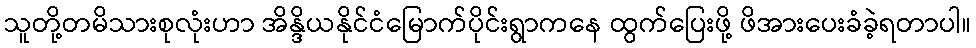
သူတို့တမိသားစုလုံးဟာ အိန္ဒိယနိုင်ငံမြောက်ပိုင်းရွာကနေ ထွက်ပြေးဖို့ ဖိအားပေးခံခဲ့ရတာပါ။